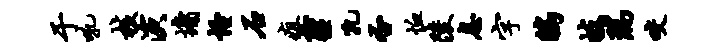
于吼核演墉怪石疽霾孔否恤陵息字鸱岐瑞咬